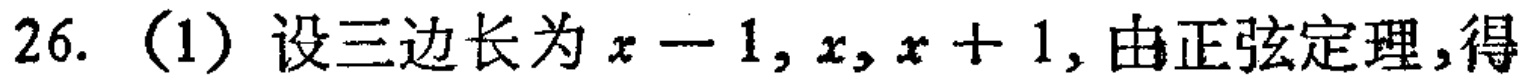
26. （1）设三边长为\(x - 1,x,x + 1\)，由正弦定理，得